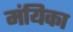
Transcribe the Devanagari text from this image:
मंयिका